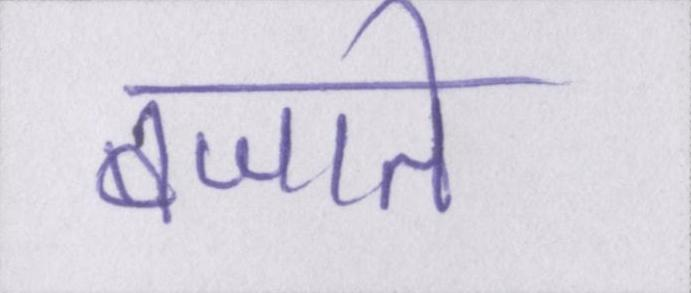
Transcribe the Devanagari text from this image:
बजाते